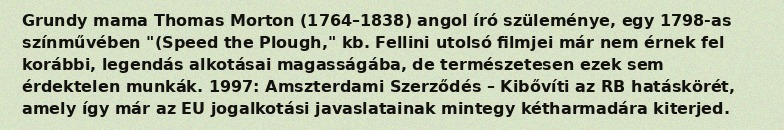
Grundy mama Thomas Morton (1764–1838) angol író szüleménye, egy 1798-as színművében "(Speed the Plough," kb. Fellini utolsó filmjei már nem érnek fel korábbi, legendás alkotásai magasságába, de természetesen ezek sem érdektelen munkák. 1997: Amszterdami Szerződés – Kibővíti az RB hatáskörét, amely így már az EU jogalkotási javaslatainak mintegy kétharmadára kiterjed.